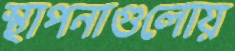
স্থাপনাগুলোয়